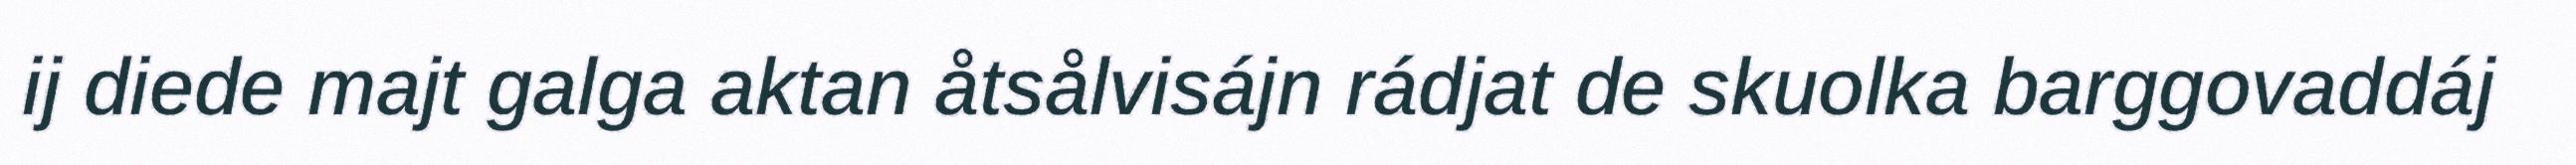
ij diede majt galga aktan åtsålvisájn rádjat de skuolka barggovaddáj